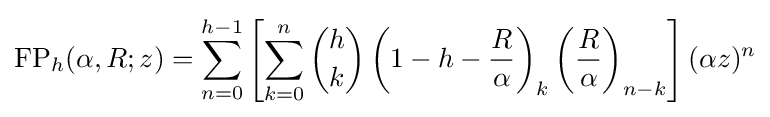
\operatorname {FP} _{h}(\alpha ,R;z)=\sum _{n=0}^{h-1}\left[\sum _{k=0}^{n}{\binom {h}{k}}\left(1-h-{\frac {R}{\alpha }}\right)_{k}\left({\frac {R}{\alpha }}\right)_{n-k}\right](\alpha z)^{n}